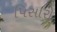
પિસારો